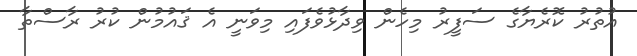
އުތުރު ކޮރެޔާގެ ސަފީރު މިހެން ވިދާޅުވެފައި މިވަނީ އެ ޤައުމުން ކުރު ރާސްތާ